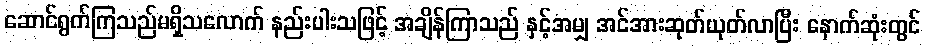
ဆောင်ရွက်ကြသည်မရှိသလောက် နည်းပါးသဖြင့် အချိန်ကြာသည် နှင့်အမျှ အင်အားဆုတ်ယုတ်လာပြီး နောက်ဆုံးတွင်